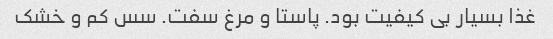
غذا بسیار بی کیفیت بود. پاستا و مرغ سفت. سس کم و خشک